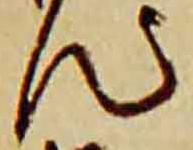
汰